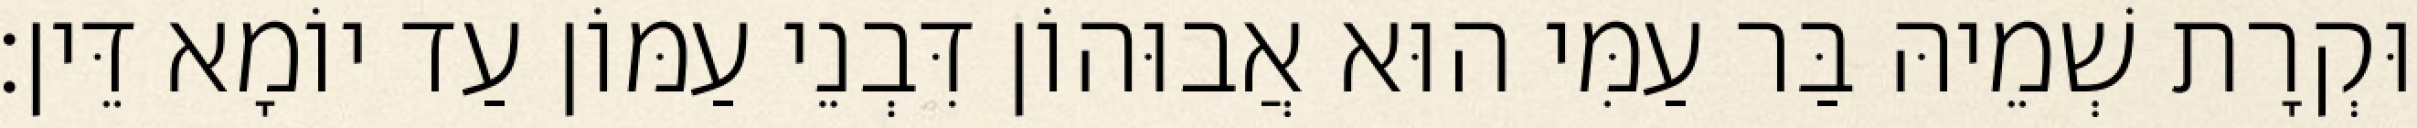
וּקְרָת שְׁמֵיהּ בַּר עַמִּי הוּא אֲבוּהוֹן דִּבְנֵי עַמּוֹן עַד יוֹמָא דֵּין׃